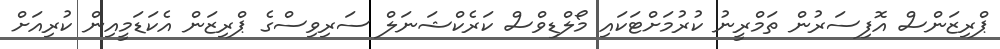
ޕްރިޒަންސް އޮފިސަރުން ތަމްރީނު ކުރުމަށްޓަކައި މޯލްޑިވްސް ކަރެކްޝަނަލް ސަރިވިސްގެ ޕްރިޒަން އެކަޑަމީއިން ކުރިއަށް